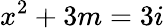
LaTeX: x^{2}+3m=3i